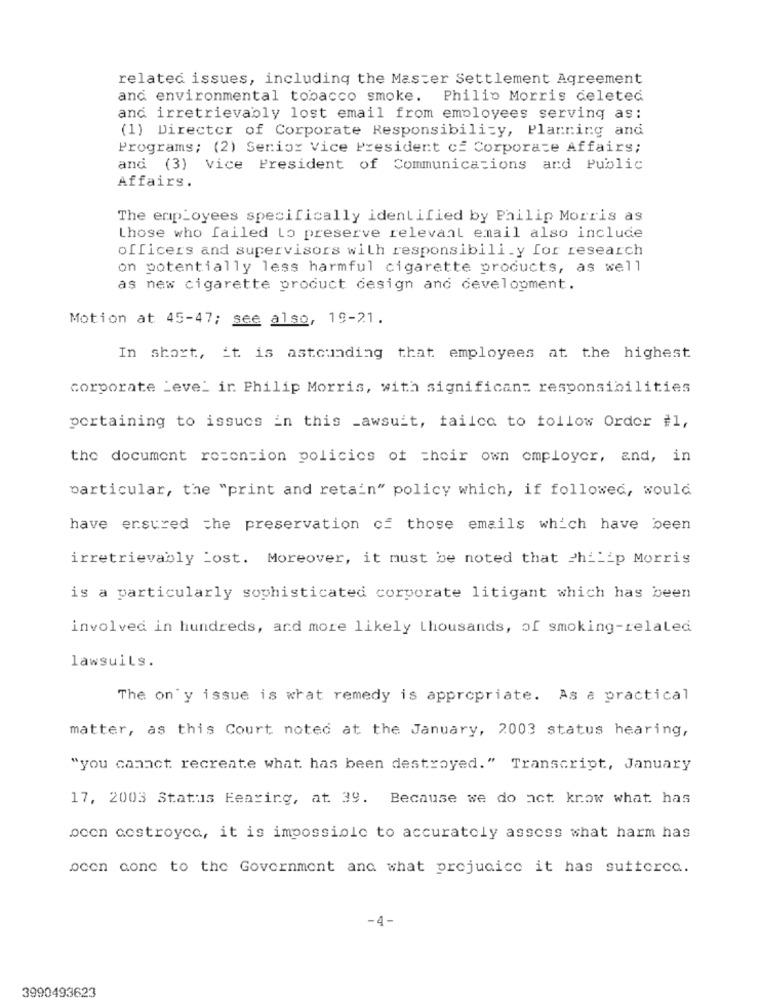
related issues, including the Master Settlement Agreement
and environmental tobacco smoke. Philip Morris deleted
and irretrievably lost email from employees serving as:
(1) Director of Corporate Responsibility, Planning and
Programs; (2) Senior Vice President of Corporate Affairs;
and (3) vice President of Communications and Public
Affairs.
The erp_oyees specifically identified by Philip Morris as
those who failed to preserve relevant email also include
officers and supervisors with responsibility for research
on potentially less harmful cigarette products, as well
as new cigarette product design and development.
Motion at 45-47; see also, 19-21.
In short, it is astounding that employees at the highest
corporate Leve_ ir Philip Morris, with significant responsibilities
pertaining to issues in this _awsuit, tailca to follow Order #1,
the document rezension policies of their own employer, and, in
particular, the "print and retain" policy which, if followed, would
have ensured the preservation of those emails which have been
irretrievably Lost. Moreover, it must be noted that Philip Morris
is a particularly sophisticated corporate litigant which has been
involved in hundreds, and more likely thousands, of smoking-related
lawsuits.
The on'y issue is what remedy is appropriate. As a practical
matter, as this Court noted at the January, 2003 status hearing,
"you canact recreate what has been destroyed." Transcript, January
17, 2003 Status Fearing, at. 39. Because we do act know what has
ocon costroyce, it is impossible to accurately assess what harm has
ocon cone to the Government and what prejudice it has sutterca.
-4 -
3990493623